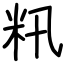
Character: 籸